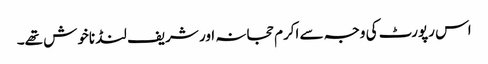
اس رپورٹ کی وجہ سے اکرم حجانہ اور شریف لنڈ ناخوش تھے۔